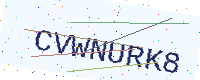
Text: CVWNURK8